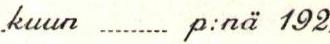
kuun p:nä 192